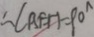
\therefore \angle A E H = 9 0 ^ { \circ }